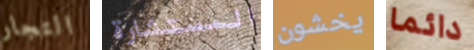
التجار المستشارة يخشون دائما